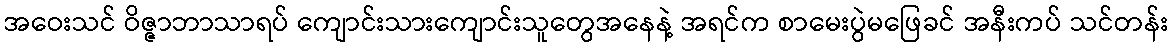
အဝေးသင် ဝိဇ္ဇာဘာသာရပ် ကျောင်းသားကျောင်းသူတွေအနေနဲ့ အရင်က စာမေးပွဲမဖြေခင် အနီးကပ် သင်တန်း